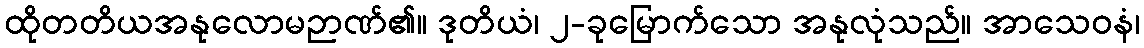
ထိုတတိယအနုလောမဉာဏ်၏။ ဒုတိယံ၊ ၂-ခုမြောက်သော အနုလုံသည်။ အာသေဝနံ၊